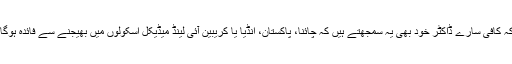
کئی لوگوں میں یہ تصور عام ہے یہاں تک کہ کافی سارے ڈاکٹر خود بھی یہ سمجھتے ہیں کہ چائنا، پاکستان، انڈیا یا کریبین آئی لینڈ میڈیکل اسکولوں میں بھیجنے سے فائدہ ہوگا اور وہ اپنے بچوں کے لئیےبھی ایسا کریں ۔